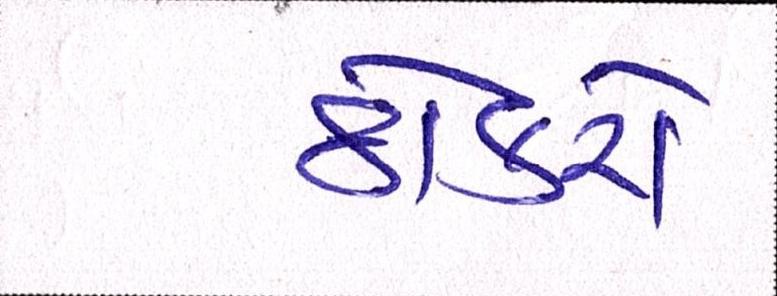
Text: ઠોકરો